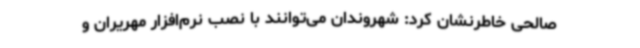
صالحی خاطرنشان کرد: شهروندان می‌توانند با نصب نرم‌افزار مهریران و